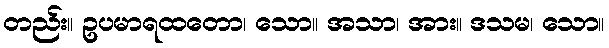
တည်း။ ဥပမာရထတော၊ သော။ အသာ၊ အား။ ဒသမ၊ သော။